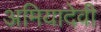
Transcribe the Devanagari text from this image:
अमियादेवी